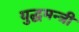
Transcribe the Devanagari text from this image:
युद्धमन्त्री